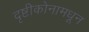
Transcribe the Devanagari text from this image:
दृष्टीकोनामधून